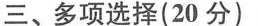
三、多项选择(20分)